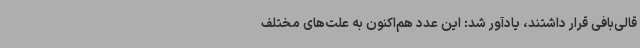
قالی‌بافی قرار داشتند، یادآور شد: این عدد هم‌اکنون به علت‌های مختلف